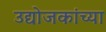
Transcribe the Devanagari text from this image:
उद्योजकांच्या